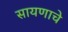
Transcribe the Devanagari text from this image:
सायणाचे